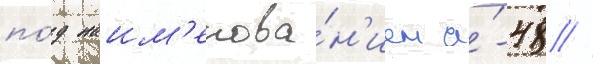
по́д наим'енова́н'ием а́-48 //